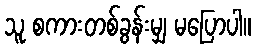
သူ စကားတစ်ခွန်းမျှ မပြောပါ။